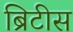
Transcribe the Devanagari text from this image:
ब्रिटीस